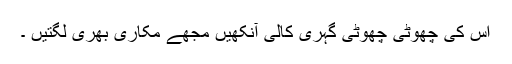
اس کی چھوٹی چھوٹی گہری کالی آنکھیں مجھے مکاری بھری لگتیں ۔